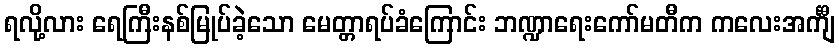
ရလို့လား ရေကြီးနစ်မြုပ်ခဲ့သော မေတ္တာရပ်ခံကြောင်း ဘဏ္ဍာရေးကော်မတီက ကလေးအင်္ကျီ